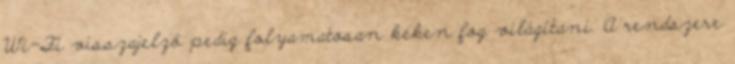
Wi-Fi visszajelző pedig folyamatosan kéken fog világítani. A rendszere